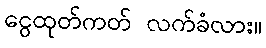
ငွေထုတ်ကတ် လက်ခံလား။